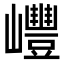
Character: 㠦